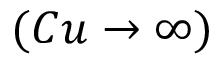
( C u \to \infty )